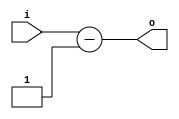
// This program was cloned from: https://github.com/mehedi37/Verilog_study
// License: MIT License

module subOne(
  input wire [3:0] i,
  output wire [3:0] o
);
  assign o = i - 1;
endmodule